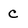
Character: c